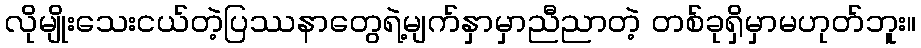
လိုမျိုးသေးငယ်တဲ့ပြဿနာတွေရဲ့မျက်နှာမှာညီညာတဲ့ တစ်ခုရှိမှာမဟုတ်ဘူး။